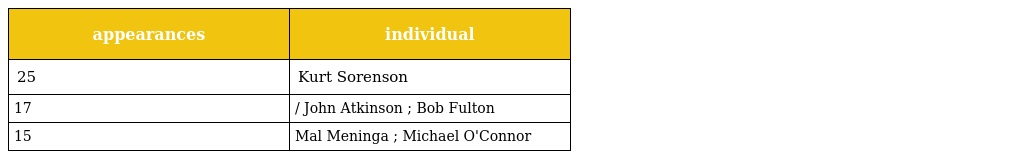
| appearances | individual |
 | --- | --- |
 | 25 | Kurt Sorenson |
 | 17 | / John Atkinson ; Bob Fulton |
 | 15 | Mal Meninga ; Michael O'Connor |